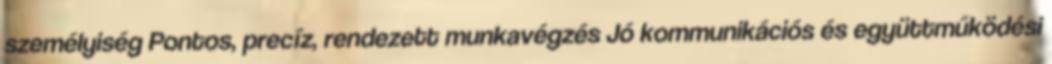
személyiség Pontos, precíz, rendezett munkavégzés Jó kommunikációs és együttműködési